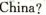
China?